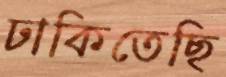
ঢাকিতেছি